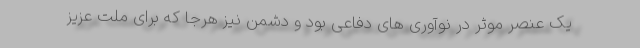
یک عنصر موثر در نوآوری های دفاعی بود و دشمن نیز هرجا که برای ملت عزیز